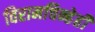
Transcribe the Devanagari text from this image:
विरामचिन्हेही